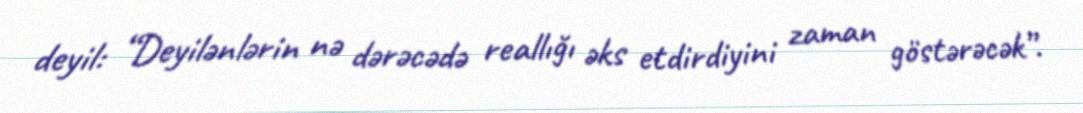
deyil: “Deyilənlərin nə dərəcədə reallığı əks etdirdiyini zaman göstərəcək”.